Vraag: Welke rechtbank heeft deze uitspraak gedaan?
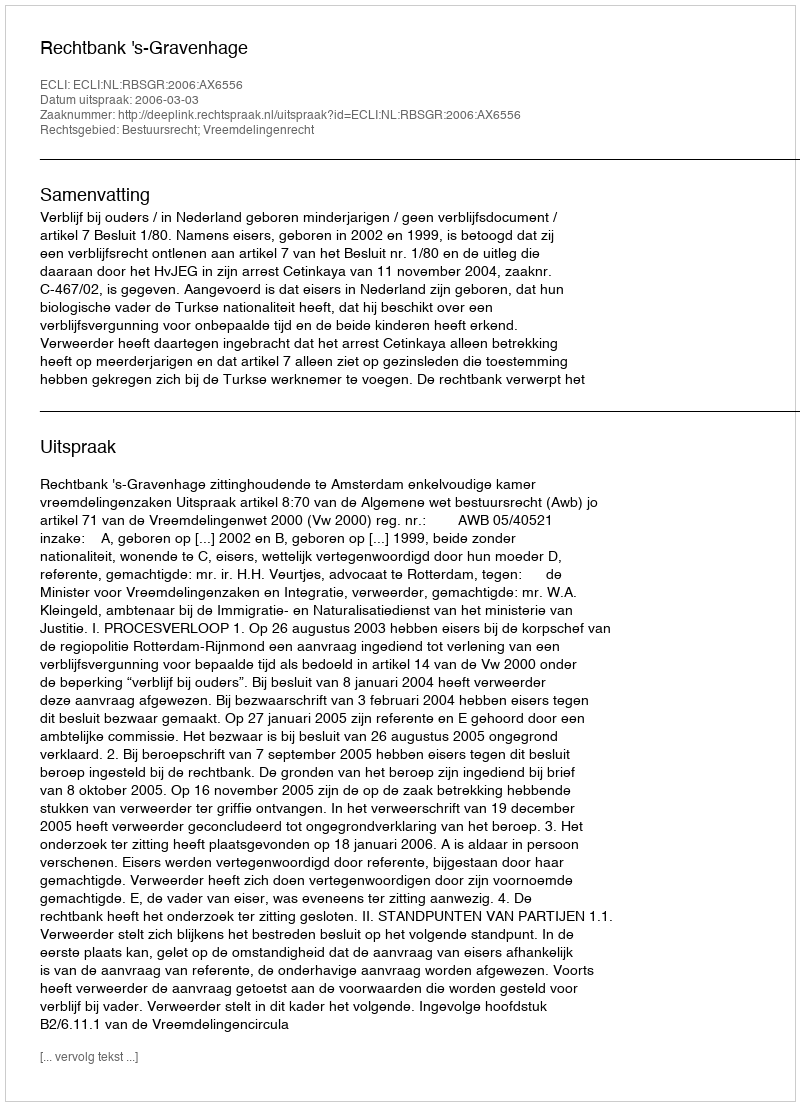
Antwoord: Rechtbank 's-Gravenhage